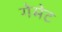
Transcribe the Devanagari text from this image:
गेमेट